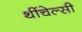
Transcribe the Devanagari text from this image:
थींचेल्सी